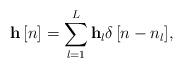
\begin{align*} {\bf{h}}\left[ n \right] = \sum\limits_{l = 1}^L {{\bf{h}}_l\delta \left[ {n - {n_l}} \right]}, \end{align*}